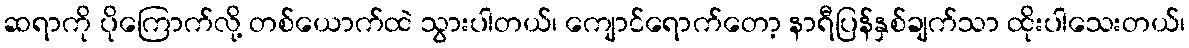
ဆရာကို ပိုကြောက်လို့ တစ်ယောက်ထဲ သွားပါတယ်၊ ကျောင်ရောက်တော့ နာရီပြန်နှစ်ချက်သာ ထိုးပါသေးတယ်၊